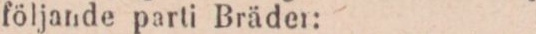
följande parti Bräder: